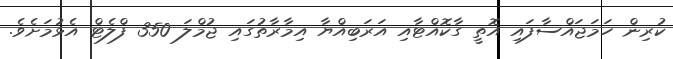
ކުރިން ހަމަޖައްސާފައި އޮތީ ގާކޮއްޓާއި އަރަބިއްޔާ އިމާރާތުގައި ޖުމްލަ 350 ފްލެޓް އެޅުމަށެވެ.